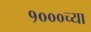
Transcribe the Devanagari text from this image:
१०००च्या